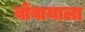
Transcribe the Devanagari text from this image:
बोंबायाला